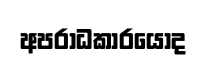
අපරාධකාරයොද